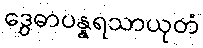
ဒွေဓာပန္နရသာယုတံ